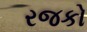
રજકો